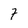
Character: 7